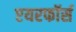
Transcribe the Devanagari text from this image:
एयरफॉर्स